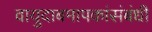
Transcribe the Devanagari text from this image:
वायुदाबमापकांसंबंधी